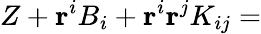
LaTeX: Z+\mathbf{r}^{i}B_{i}+\mathbf{r}^{i}\mathbf{r}^{j}K_{ij}=